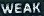
WEAK